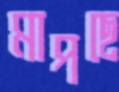
মাপছে